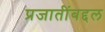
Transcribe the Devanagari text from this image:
प्रजातींबद्दल